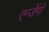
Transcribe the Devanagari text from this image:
एन्जेंगो